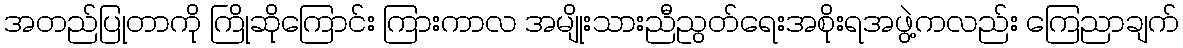
အတည်ပြုတာကို ကြိုဆိုကြောင်း ကြားကာလ အမျိုးသားညီညွတ်ရေးအစိုးရအဖွဲ့ကလည်း ကြေညာချက်